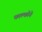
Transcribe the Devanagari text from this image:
फाल्कोने